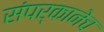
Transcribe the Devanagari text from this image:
संपर्कानेच